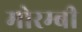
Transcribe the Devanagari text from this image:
मोरम्बी